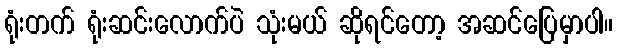
ရုံးတက် ရုံးဆင်းလောက်ပဲ သုံးမယ် ဆိုရင်တော့ အဆင်ပြေမှာပါ။